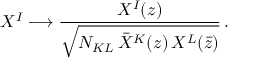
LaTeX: X ^ { I } \longrightarrow { \frac { X ^ { I } ( z ) } { \sqrt { N _ { K L } \, \bar { X } ^ { K } ( z ) \, X { } ^ { L } ( \bar { z } ) } } } \, .